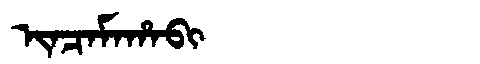
Manchu: ᡳᠨᠴᠠᠮᠠᡥᠠᠪᡳ
Romanization: INCAMAHABI